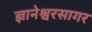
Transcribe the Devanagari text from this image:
ज्ञानेश्वरसागर